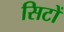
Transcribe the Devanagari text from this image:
सिटों